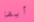
أيها